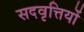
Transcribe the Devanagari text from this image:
सदवृत्तियों